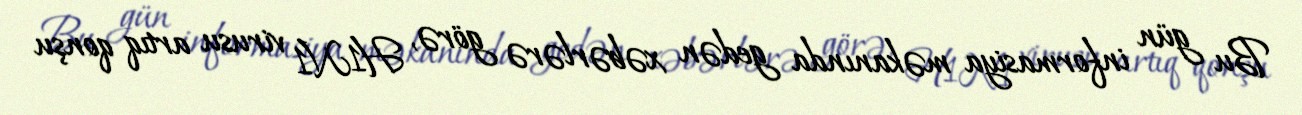
Bu gün informasiya məkanında gedən xəbərlərə görə, H1N1 virusu artıq qonşu